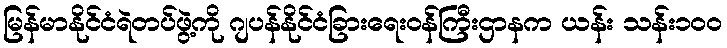
မြန်မာနိုင်ငံရဲတပ်ဖွဲ့ကို ဂျပန်နိုင်ငံခြားရေးဝန်ကြီးဌာနက ယန်း သန်း၁၀၀